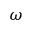
\boldsymbol { \omega }